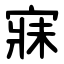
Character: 寐